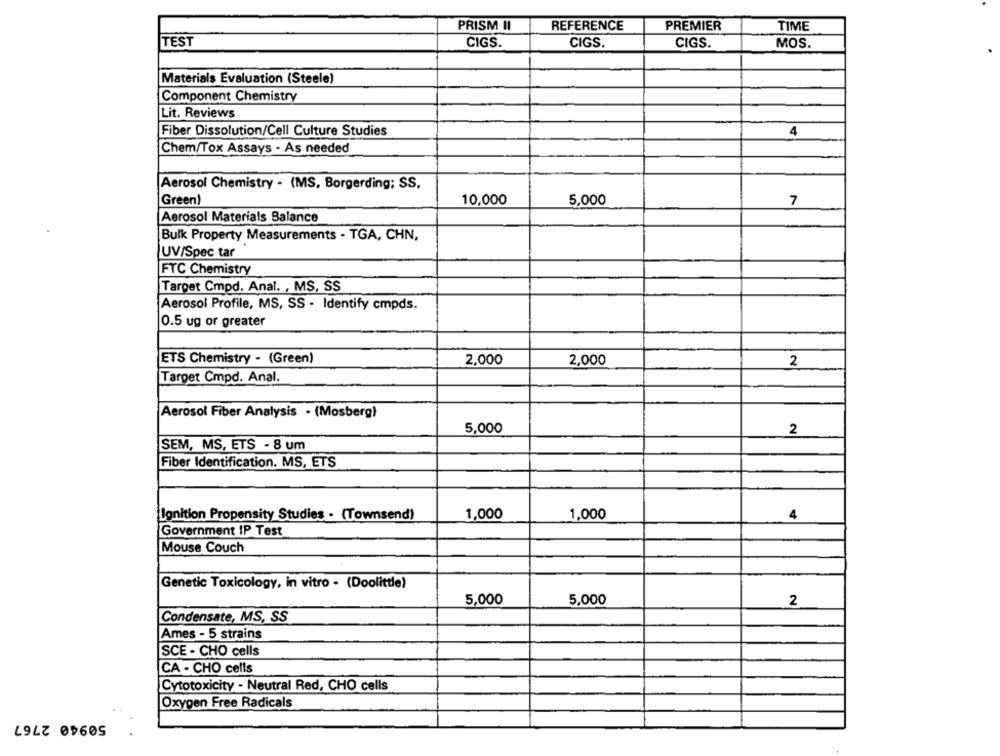
PRISM II
REFERENCE
PREMIER
TIME
TEST
CIGS.
CIGS
CIGS.
MOS.
Materials Evaluation (Steele)
Component Chemistry
Lit. Reviews
Fiber Dissolution/Cell Culture Studies
4
Chem/Tox Assays - As needed
Aerosol Chemistry - (MS, Borgerding; SS,
Green)
10,000
5,000
7
Aerosol Materials Balance
Bulk Property Measurements - TGA, CHN,
UV/Spec tar
FTC Chemistry
Target Cmpd. Anal. , MS, SS
Aerosol Profile, MS, SS - Identify cmpds.
0.5 ug or greater
ETS Chemistry - (Green)
2,000
2,000
2
Target Cmpd. Anal.
Aerosol Fiber Analysis . (Mosberg)
5,000
2
SEM, MS, ETS - 8 um
Fiber Identification. MS, ETS
1,000
1,000
Ignition Propensity Studies . (Townsend)
4
Government IP Test
Mouse Couch
Genetic Toxicology, in vitro - (Doolittle)
5,000
5,000
2
Condensate, MS, SS
Ames - 5 strains
SCE - CHO cells
CA - CHO cells
Cytotoxicity - Neutral Red, CHO cells
Oxygen Free Radicals
50940 2767